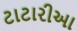
ટાટારીઆ